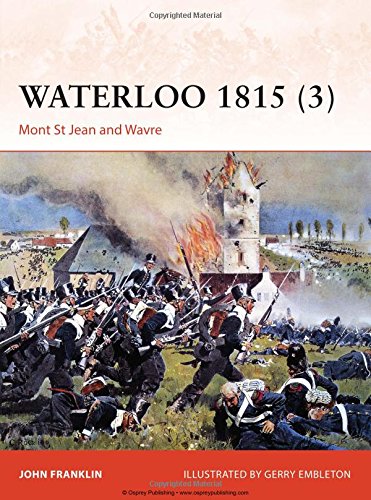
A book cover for Waterloo 1815 (3): Mont St Jean and Wavre (Campaign); John Franklin; History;